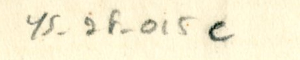
YS_2F_015e